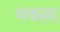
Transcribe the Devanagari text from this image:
मक्स्द